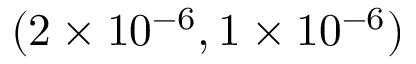
( 2 \times 1 0 ^ { - 6 } , 1 \times 1 0 ^ { - 6 } )